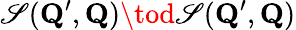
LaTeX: \mathscr{S}(\mathbf{{Q}}^{\prime},\mathbf{{Q}})\tod\mathscr{S}(\mathbf{{Q}}^{\prime},\mathbf{{Q}})